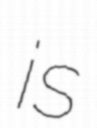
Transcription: is